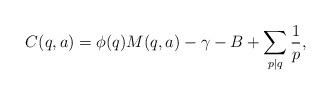
LaTeX: \begin{align*}C(q, a)=\phi(q)M(q, a)-\gamma-B+\sum_{p|q}\frac{1}{p}, \end{align*}